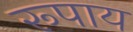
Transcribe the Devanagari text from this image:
रूपाय